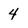
Character: 4